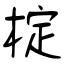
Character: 椗